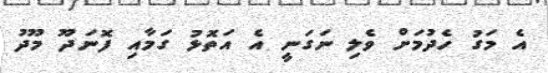
އެ މަގު ހެދުމަށް ވެލި ނަގަނީ އެ އަތޮޅު ގަމާއި ފޮނަދޫ މޫދު